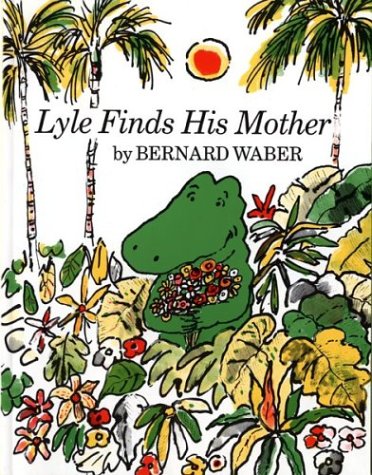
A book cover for Lyle Finds His Mother (Lyle the Crocodile); Bernard Waber; Children's Books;